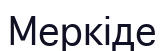
Меркіде